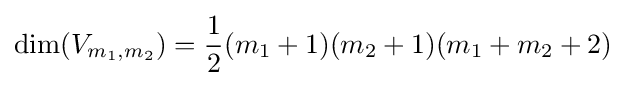
\dim(V_{m_{1},m_{2}})={\frac {1}{2}}(m_{1}+1)(m_{2}+1)(m_{1}+m_{2}+2)